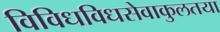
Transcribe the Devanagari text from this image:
विविधविधसेवाकुलतया